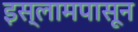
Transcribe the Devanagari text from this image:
इस्लामपासून